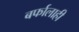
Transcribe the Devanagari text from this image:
बर्फालाही